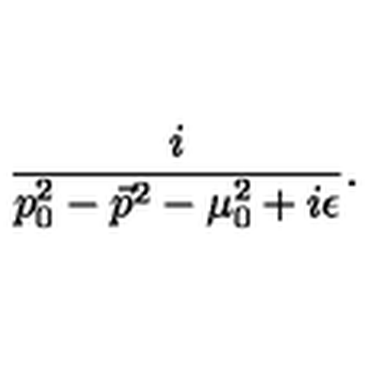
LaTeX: \frac { i } { p _ { 0 } ^ { 2 } - \vec { p } ^ { 2 } - \mu _ { 0 } ^ { 2 } + i \epsilon } .